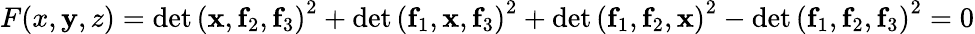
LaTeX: F(x,\mathbf{y},z)=\det\left(\mathbf{{x}},\mathbf{{f}}_{2},\mathbf{{f}}_{3}\right)^{2}+\det\left(\mathbf{{f}}_{1},\mathbf{{x}},\mathbf{{f}}_{3}\right)^{2}+\det\left(\mathbf{{f}}_{1},\mathbf{{f}}_{2},\mathbf{{x}}\right)^{2}-\det\left(\mathbf{{f}}_{1},\mathbf{{f}}_{2},\mathbf{{f}}_{3}\right)^{2}=0